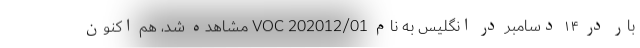
بار در ۱۴ دسامبر در انگلیس به نام VOC 202012/01 مشاهده شد، هم اکنون